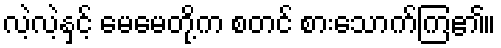
လဲ့လဲ့နှင့် မေမေတို့က စတင် စားသောက်ကြ၏။